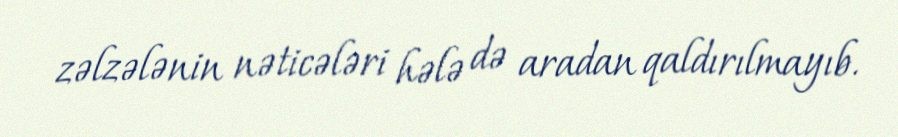
zəlzələnin nəticələri hələ də aradan qaldırılmayıb.